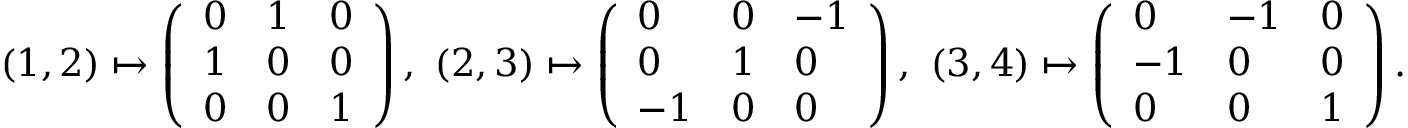
( 1 , 2 ) \mapsto \left( \begin{array} { l l l } { 0 } & { 1 } & { 0 } \\ { 1 } & { 0 } & { 0 } \\ { 0 } & { 0 } & { 1 } \end{array} \right) , \ ( 2 , 3 ) \mapsto \left( \begin{array} { l l l } { 0 } & { 0 } & { - 1 } \\ { 0 } & { 1 } & { 0 } \\ { - 1 } & { 0 } & { 0 } \end{array} \right) , \ ( 3 , 4 ) \mapsto \left( \begin{array} { l l l } { 0 } & { - 1 } & { 0 } \\ { - 1 } & { 0 } & { 0 } \\ { 0 } & { 0 } & { 1 } \end{array} \right) .